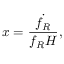
x = \frac { \dot { f _ { R } } } { f _ { R } H } ,